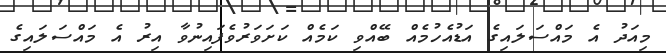
މިއަދު އެ މައްސަލައިގެ އަޑުއެހުމެއް ބޭއްވި ކަމެއް ކަށަވަރުވެފައިނުވާ އިރު އެ މައްސަލައިގެ